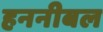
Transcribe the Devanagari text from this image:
हननीबल